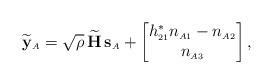
LaTeX: \begin{align*} \widetilde{\mathbf{y}}_{\scriptscriptstyle{A}} = \sqrt{\rho} \, \widetilde{\mathbf{H}} \, \mathbf{s}_{\scriptscriptstyle{A}} + \begin{bmatrix} h^{\ast}_{\scriptscriptstyle{21}} n_{\scriptscriptstyle{A1}} - n_{\scriptscriptstyle{A2}} \\ n_{\scriptscriptstyle{A3}} \end{bmatrix},\end{align*}